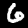
Digit: 6